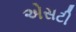
એસટી